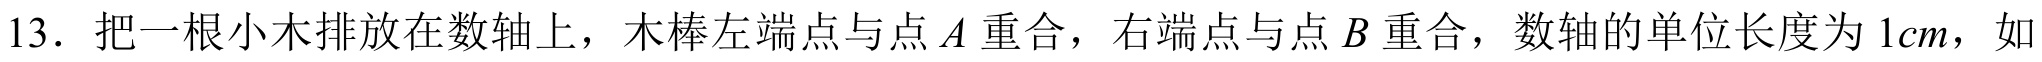
13．把一根小木排放在数轴上，木棒左端点与点 \(A\) 重合，右端点与点 \(B\) 重合，数轴的单位长度为 \(1cm\)，如